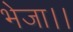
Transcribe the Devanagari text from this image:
भेजा।।